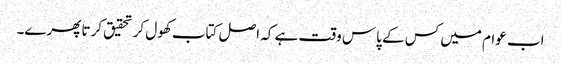
اب عوام میں کس کے پاس وقت ہے کہ اصل کتاب کھول کر تحقیق کرتا پھرے۔